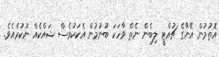
އޮތުމުން އޭނާގެ ޗުއްޓީ ލިބެން ނެތް ވާހަކަ ބުނުމުން އެކަކުވެސް ޝައްކެއް ނުކުރެއެވެ.